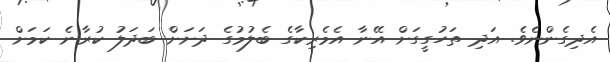
އެދިގެންނެވެ. އަދި ތަހުގީގަށް އޭނާ އެމެރިކާގެ ބެލުމުގެ ދަށަށް ބަދަލު ކުރާނެ ކަމަށް